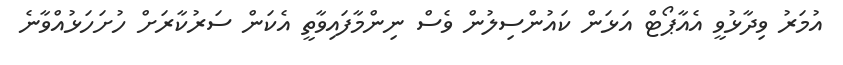
އުމަރު ވިދާޅުވީ އެއާޕޯޓް އަޅަން ކައުންސިލުން ވެސް ނިންމާފައިވާތީ އެކަން ސަރުކާރަށް ހުށަހަޅުއްވާނެ